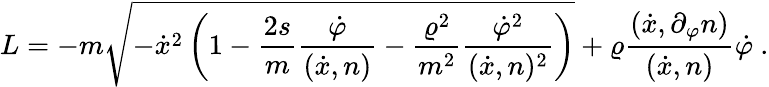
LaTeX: L=-m\sqrt{-\dot{x}^{2}\left(1-\frac{2s}{m}\frac{\dot{\varphi}}{(\dot{x},n)}-\frac{\varrho^{2}}{m^{2}}\frac{\dot{\varphi}^{2}}{(\dot{x},n)^{2}}\right)}+\varrho\frac{(\dot{x},\partial_{\varphi}n)}{(\dot{x},n)}\dot{\varphi}\ .